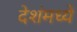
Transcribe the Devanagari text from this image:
देशंमध्ये